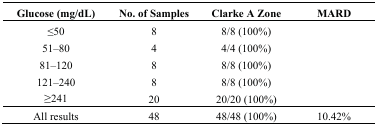
| Glucose (mg/dL) | No. of Samples | Clarke A Zone | MARD |
 | --- | --- | --- | --- |
 | ≤50 | 8 | 8/8 (100%) | <ROWSPAN=5>  |
 | 51–80 | 4 | 4/4 (100%) |
 | 81–120 | 8 | 8/8 (100%) |
 | 121–240 | 8 | 8/8 (100%) |
 | ≥241 | 20 | 20/20 (100%) |
 | All results | 48 | 48/48 (100%) | 10.42% |